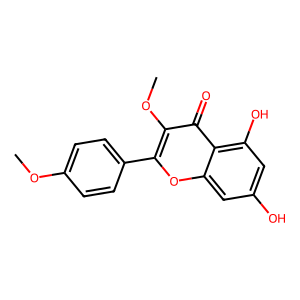
SMILES: COc1ccc(-c2oc3cc(O)cc(O)c3c(=O)c2OC)cc1
Inhibits HIV replication: No